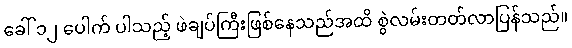
ခေါ် ၁၂ ပေါက် ပါသည့် ဖဲချပ်ကြီးဖြစ်နေသည်အထိ စွဲလမ်းတတ်လာပြန်သည်။